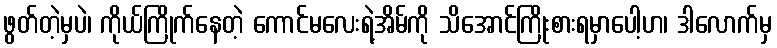
ဖွတ်တဲ့မှပဲ၊ ကိုယ်ကြိုက်နေတဲ့ ကောင်မလေးရဲ့အိမ်ကို သိအောင်ကြိုးစားရမှာပေါ့ဟ၊ ဒါလောက်မှ